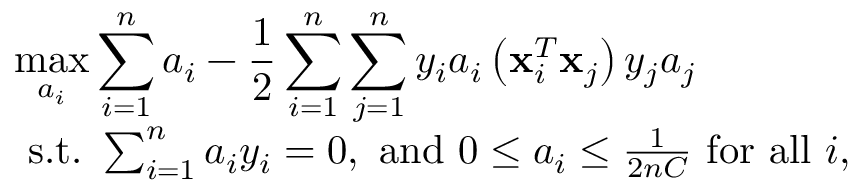
\begin{array} { r l } & { \displaystyle \operatorname* { m a x } _ { a _ { i } } \sum _ { i = 1 } ^ { n } a _ { i } - \frac { 1 } { 2 } \sum _ { i = 1 } ^ { n } \sum _ { j = 1 } ^ { n } y _ { i } a _ { i } \left( \mathbf { x } _ { i } ^ { T } \mathbf { x } _ { j } \right) y _ { j } a _ { j } } \\ & { \mathrm { ~ s . t . ~ } \sum _ { i = 1 } ^ { n } a _ { i } y _ { i } = 0 , \mathrm { ~ a n d ~ } 0 \leq a _ { i } \leq \frac { 1 } { 2 n C } \mathrm { ~ f o r ~ a l l ~ } i , } \end{array}